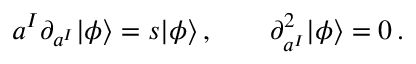
a ^ { I } \partial _ { a ^ { I } } | \phi \rangle = s | \phi \rangle \, , \qquad \partial _ { a ^ { I } } ^ { 2 } | \phi \rangle = 0 \, .